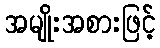
အမျိုးအစားဖြင့်